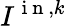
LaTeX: I^{\mathrm{~i~n~},k}